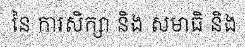
នៃ ការសិក្សា និង សមាធិ និង